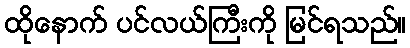
ထိုနောက် ပင်လယ်ကြီးကို မြင်ရသည်။